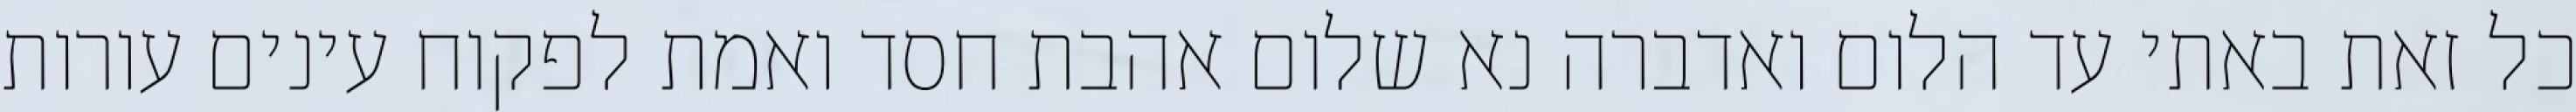
כל זאת באתי עד הלום ואדברה נא שלום אהבת חסד ואמת לפקוח עינים עורות